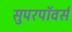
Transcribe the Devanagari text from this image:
सुपरपॉवर्स